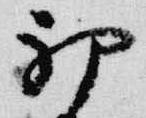
初